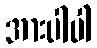
အားပါပါ